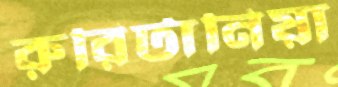
রুরিটানিয়া